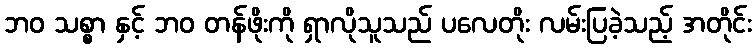
ဘဝ သစ္စာ နှင့် ဘဝ တန်ဖိုးကို ရှာလိုသူသည် ပလေတိုး လမ်းပြခဲ့သည့် အတိုင်း